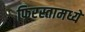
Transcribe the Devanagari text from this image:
फिरस्तामध्ये